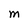
Character: M